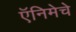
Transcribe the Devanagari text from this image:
ऍनिमेचे